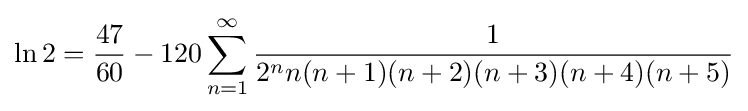
\ln 2={\frac {47}{60}}-120\sum _{n=1}^{\infty }{\frac {1}{2^{n}n(n+1)(n+2)(n+3)(n+4)(n+5)}}